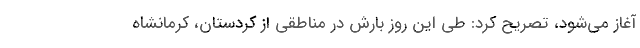
آغاز می‌شود، تصریح کرد: طی این روز بارش در مناطقی از کردستان، کرمانشاه